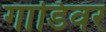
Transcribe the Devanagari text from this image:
गाडिवर